Annual administration and progress report of the Indian Medical Department, Bombay
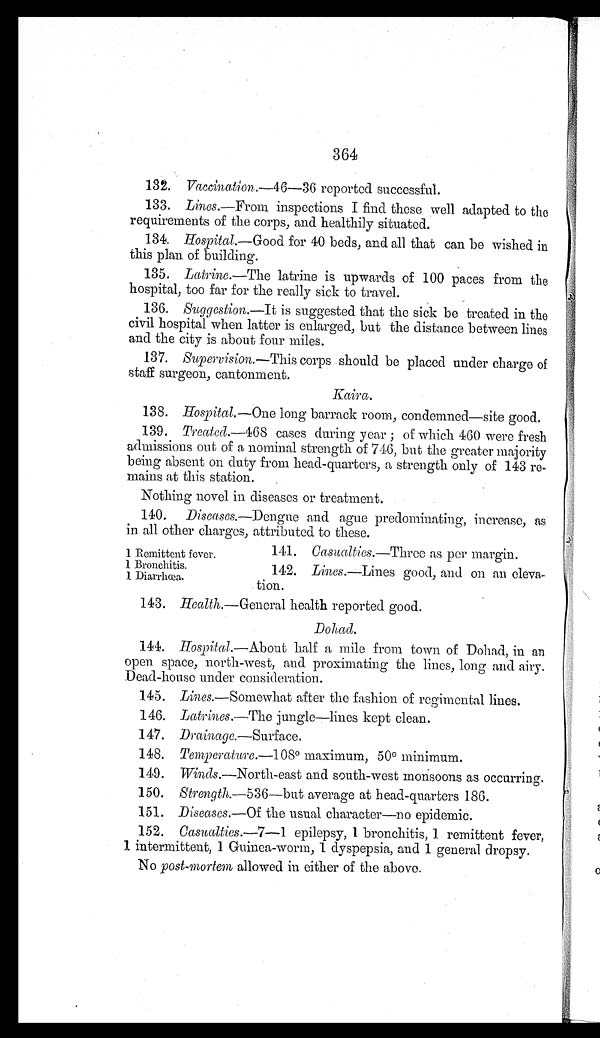
364
132. Vaccination.— 46—36 reported successful.
133.
Lines. —From inspections I find these well adapted to the
requirements of the corps, and healthily situated.
134.
Hospital.— Good for 40 beds, and all that can be wished in
this plan of building.
135.
Latrine.—The latrine is upwards of 100 paces from the
hospital, too far for the really sick to travel.
136.
Suggestion.—It is suggested that the sick be treated in the
civil hospital when latter is enlarged, but the distance between lines
and the city is about four miles.
137.
Supervision.— This corps should be placed under charge of
staff surgeon, cantonment.
Kaira.
138.
Hospital.— One long barrack room, condemned—site good.
139. Treated.—468 cases during year; of which 460 were fresh
admissions out of a nominal strength of 746, but the greater majority
being absent on duty from head-quarters, a strength only of 143 re
- m a i n s a t t h i s s t a t i o n .
Nothing novel in diseases or treatment.
140.
Diseases.—Dengue and ague predominating, increase, as
in all other charges, attributed to these.
141.
Casualties.—Three as per margin.
142.
Lines .—Lines good, and on an eleva
-tion.
143.
Health .—General health reported good.
Dohad.
144. Hospital.— About half a mile from town of Dohad, in an
open space, north-west, and proximating the lines, long and airy.
Dead-house under consideration.
145.
Lines .—Somewhat after the fashion of regimental lines.
146.
Latrines.—The jungle—lines kept clean.
147.
Drainage.— Surface .
148.
Temperature.—108° maximum, 50° minimum.
149.
Winds .—North-east and south-west monsoons as occurring.
150.
Strength.— 536—but average at head-quarters 186.
151.
Diseases.— Of the usual character—no epidemic.
152.
Casualties.— 7—1 epilepsy, 1 bronchitis, 1. remittent fever,
1 intermittent, 1 Guinea-worm, 1 dyspepsia, and 1 general dropsy.
No post-mortem allowed in either of the above.
1 Remittent fever.
1 Bronchitis.
1 Diarrhœa.